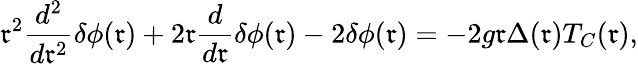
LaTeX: \mathfrak{r}^{2}\frac{{d^{2}}}{{d\mathfrak{r}^{2}}}{\delta}{\phi}(\mathfrak{r})+2\mathfrak{r}\frac{{d}}{{d\mathfrak{r}}}{\delta}{\phi}(\mathfrak{r})-2{\delta}{\phi}(\mathfrak{r})=-2g\mathfrak{r}{\Delta}(\mathfrak{r})T_{C}(\mathfrak{r}),